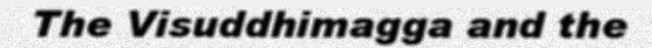
The Visuddhimagga and the